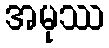
အမုဿ